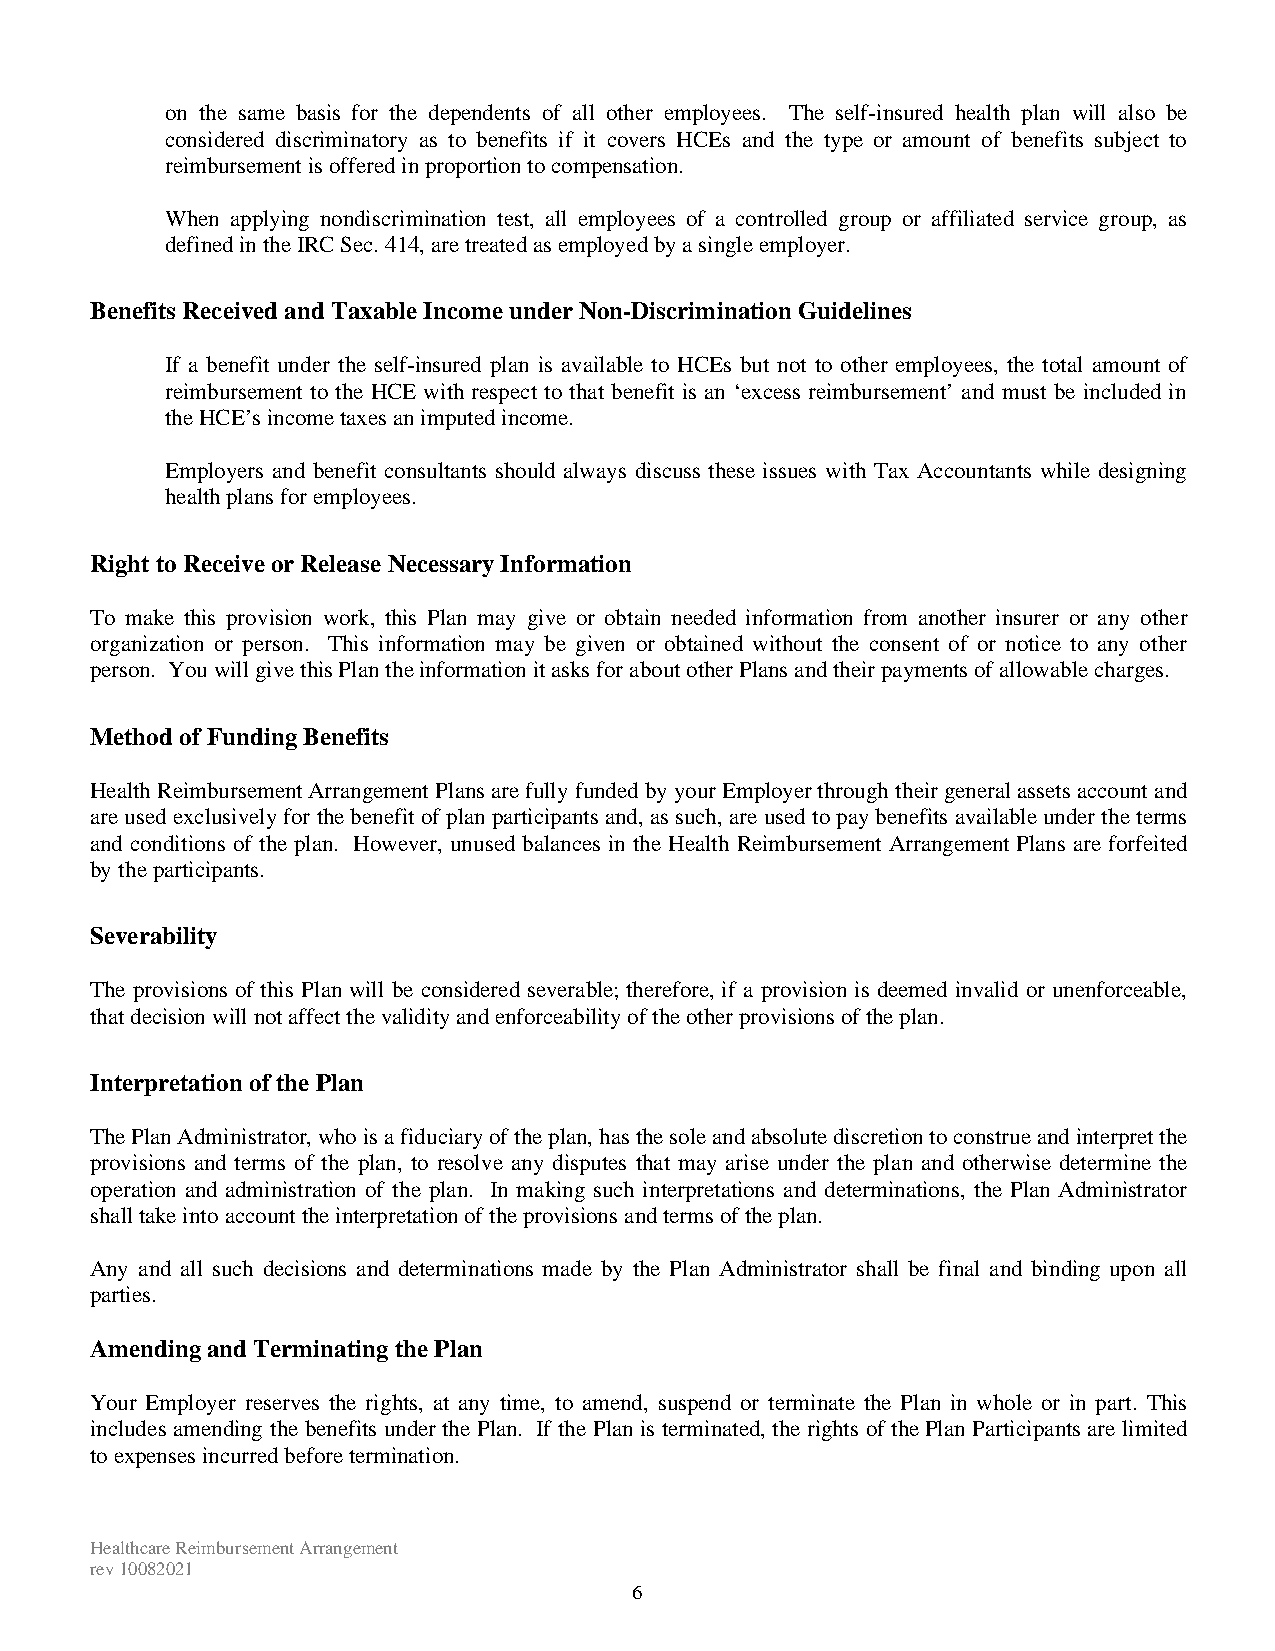
on the same basis for the dependents of all other employees. The self-insured health plan will also be
 considered discriminatory as to benefits if it covers HCEs and the type or amount of benefits subject to
 reimbursement is offered in proportion to compensation.
 When applying nondiscrimination test, all employees of a controlled group or affiliated service group, as
 defined in the IRC Sec. 414, are treated as employed by a single employer.
 Benefits Received and Taxable Income under Non-Discrimination Guidelines
 If a benefit under the self-insured plan is available to HCEs but not to other employees, the total amount of
 reimbursement to the HCE with respect to that benefit is an ‘excess reimbursement’ and must be included in
 the HCE’s income taxes an imputed income.
 Employers and benefit consultants should always discuss these issues with Tax Accountants while designing
 health plans for employees.
 Right to Receive or Release Necessary Information
 To make this provision work, this Plan may give or obtain needed information from another insurer or any other
 organization or person. This information may be given or obtained without the consent of or notice to any other
 person. You will give this Plan the information it asks for about other Plans and their payments of allowable charges.
 Method of Funding Benefits
 Health Reimbursement Arrangement Plans are fully funded by your Employer through their general assets account and
 are used exclusively for the benefit of plan participants and, as such, are used to pay benefits available under the terms
 and conditions of the plan. However, unused balances in the Health Reimbursement Arrangement Plans are forfeited
 by the participants.
 Severability
 The provisions of this Plan will be considered severable; therefore, if a provision is deemed invalid or unenforceable,
 that decision will not affect the validity and enforceability of the other provisions of the plan.
 Interpretation of the Plan
 The Plan Administrator, who is a fiduciary of the plan, has the sole and absolute discretion to construe and interpret the
 provisions and terms of the plan, to resolve any disputes that may arise under the plan and otherwise determine the
 operation and administration of the plan. In making such interpretations and determinations, the Plan Administrator
 shall take into account the interpretation of the provisions and terms of the plan.
 Any and all such decisions and determinations made by the Plan Administrator shall be final and binding upon all
 parties.
 Amending and Terminating the Plan
 Your Employer reserves the rights, at any time, to amend, suspend or terminate the Plan in whole or in part. This
 includes amending the benefits under the Plan. If the Plan is terminated, the rights of the Plan Participants are limited
 to expenses incurred before termination.
 Healthcare Reimbursement Arrangement
 rev 10082021
 6